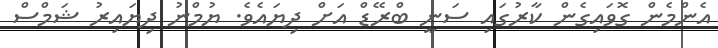
އެންމެން ގޮވައިގެން ކާރުގައި ސަނީ ބްރޭޑް އަށް ދިޔައެވެ. ޔުމްނު ދިޔައިރު ޝަމްސް